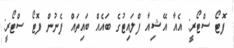
ފޮޓޯ ސްޓޯރީ: އެއާ އޭޝިއާ ފްލައިޓުގެ ބައެއް ބައިތައް ފެނުން ފޮޓޯ ސްޓޯރީ: